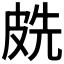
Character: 𭽧